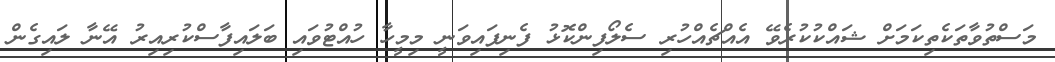
މަސްތުވާތަކެތިކަމަށް ޝައްކުކުރެވޭ އެއްޗެއްހުރި ސެލޯފިންކޮޅު ފެނިފައިވަނީ މިމީހާ ހުއްޓުވައި ބަލައިފާސްކުރިއިރު އޭނާ ލައިގެން